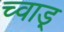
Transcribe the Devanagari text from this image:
च्वाड़्